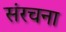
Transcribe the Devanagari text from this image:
संंरचना